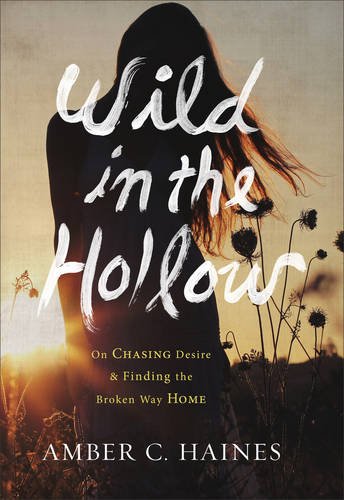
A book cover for Wild in the Hollow: On Chasing Desire and Finding the Broken Way Home; Amber C. Haines; Biographies & Memoirs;